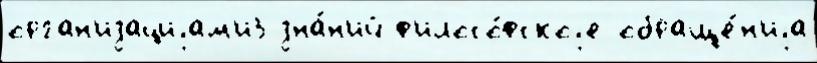
орган'изациjам'и3 зна́н'ий ф'илосо́фскоjе обраще́н'иjа